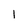
Character: l